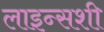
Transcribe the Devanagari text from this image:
लाइन्सशी